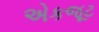
એકજૂટ